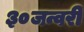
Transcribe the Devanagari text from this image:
३०जन्वरी